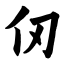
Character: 仞